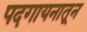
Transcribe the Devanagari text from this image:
पदगायनातून